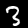
Digit: 3